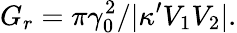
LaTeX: G_{r}=\pi\gamma_{0}^{2}/|\kappa^{\prime}V_{1}V_{2}|.